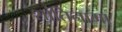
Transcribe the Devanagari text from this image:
शांतिनामा